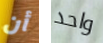
أن واحد